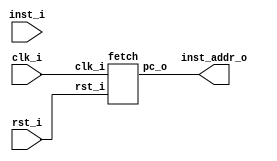
// Matrak M10 RV32I RISC-V Processor
// Glpare II Architechture 2023
// Processor Module

module matrak (
   input                clk_i,
   input                rst_i,
   input [31:0]         inst_i,     // Bellekten gelen buyruk
   output [31:0]        inst_addr_o // Bellee giden buyruk adresi
);

   fetch f1 (
      .clk_i(clk_i),
      .rst_i(rst_i),
      .pc_o(inst_addr_o)
   );

   // Boru hatt kaydedicisi balantlar
   wire [31:0] fd2d_inst;

   fd_regs fd1 (
      .clk_i(clk_i),
      .rst_i(rst_i),
      .inst_f_i(inst_i),
      .inst_d_o(fd2d_inst)
   );

   // zme modl balantlar
   wire c2d_regfile_wen;
   wire [2:0] c2d_imm_ext_sel;
   wire [31:0] w2d_result;
   wire [31:0] d2a_reg_a;
   wire [31:0] d2a_reg_b;
   wire [31:0] d2a_imm_ext;

   decode d1 (
      .clk_i(clk_i),
      .regfile_wen_i(c2d_regfile_wen),
      .imm_ext_sel_i(c2d_imm_ext_sel),
      .inst_i(fd2d_inst),
      .result_i(w2d_result),
      .reg_a_o(d2a_reg_a),
      .reg_b_o(d2a_reg_b),
      .imm_ext_o(d2a_imm_ext)
   );

   // ALU balantlar
   wire c2a_alu_sel;
   wire [3:0] c2a_alu_fun;
   wire [31:0] a2w_alu_out;

   alu a1 (
      .alu_sel_i(c2a_alu_sel),
      .alu_fun_i(c2a_alu_fun),
      .reg_a_i(d2a_reg_a),
      .reg_b_i(d2a_reg_b),
      .imm_ext_i(d2a_imm_ext),
      .alu_out_o(a2w_alu_out)
   );

   writeback w1 (
      .alu_out_i(a2w_alu_out),
      .result_o(w2d_result)
   );

   controller c1 (
      .inst_i(fd2d_inst),
      .regfile_wen_o(c2d_regfile_wen),
      .imm_ext_sel_o(c2d_imm_ext_sel),
      .alu_sel_o(c2a_alu_sel),
      .alu_fun_o(c2a_alu_fun)
   );

endmodule

module fetch (
   input                clk_i,
   input                rst_i,
   output reg [31:0]    pc_o
);

   always @(posedge clk_i, posedge rst_i) begin
      if (rst_i) begin // Sfrlama sinyali geldiyse program sayacna balang adresini ata
         pc_o <= 32'h0000_0000;
      end else begin // Saat sinyali geldiyse program sayacna 4 ekle
         pc_o <= pc_o + 4;
      end
   end

endmodule

module fd_regs (
   input                clk_i,
   input                rst_i,
   input [31:0]         inst_f_i, // Buyruk sinyali (bellekten geliyor)
   output reg [31:0]    inst_d_o  // Boru hatt kaydedicisinin k 
);

   always @(posedge clk_i, posedge rst_i) begin
      if (rst_i) begin
         inst_d_o <= 32'b0;
      end else begin
         inst_d_o <= inst_f_i;
      end
   end

endmodule

module decode (
   input                   clk_i,
   input                   regfile_wen_i, // Kaydedici dosyas yazma yetkilendirme
   input [2:0]             imm_ext_sel_i, // vedi geniletici format seimi
   input [31:0]            inst_i,        // Boru hatt kaydedicisinden gelen buyruk
   input [31:0]            result_i,      // Hedef kaydedicisine (rd) yazlacak deer 
   output [31:0]           reg_a_o,       // Birinci kaynak kaydedicisinin (rs1) deeri
   output [31:0]           reg_b_o,       // kinci kaynak kaydedicisinin (rs2) deeri
   output reg [31:0]       imm_ext_o      // vedi genileticinin k
);

   // 32 bit genilikte 32 adet kaydedicili kaydedici dosyas
   reg [31:0] regfile [31:0];

   // Kaydedici adreslerini buyruktan aykla
   wire [4:0] reg_a_addr      = inst_i[19:15];  // rs1 adres
   wire [4:0] reg_b_addr      = inst_i[24:20];  // rs2 adres
   wire [4:0] target_reg_addr = inst_i[11:7];   // rd adres

   // Kaydedici dosyasndan oku
   assign reg_a_o = (reg_a_addr == 5'b0) ? 32'b0 : regfile[reg_a_addr]; // rs1 deeri
   assign reg_b_o = (reg_b_addr == 5'b0) ? 32'b0 : regfile[reg_b_addr]; // rs2 deeri

   // Kaydedici dosyasna yaz
   always @(posedge clk_i) begin
      if (regfile_wen_i) begin
         regfile[target_reg_addr] <= result_i;
      end
   end

   // vedi geniletici
   always @(*) begin
      case (imm_ext_sel_i)
         3'b000   : imm_ext_o = {{20{inst_i[31]}}, inst_i[31:20]};
         default  : imm_ext_o = 32'b0; 
      endcase
   end

endmodule

module alu (
   input                      alu_sel_i,  // kinci ilenenin seim sinyali (rs2 veya imm)
   input [3:0]                alu_fun_i,  // lem seim sinyali
   input [31:0]               reg_a_i,    // rs1 deeri
   input [31:0]               reg_b_i,    // rs2 deeri
   input [31:0]               imm_ext_i,  // imm deeri
   output reg [31:0]          alu_out_o   // Sonu deeri
);

   // Birinci ilenen iki buyruk formatnda da sabit.
   wire signed [31:0] alu_a = reg_a_i;
   // kinci ilenen seim sinyaline gre belirleniyor.
   wire signed [31:0] alu_b = alu_sel_i ? imm_ext_i : reg_b_i;

   always @(*) begin
      case (alu_fun_i)
         4'b0000  : alu_out_o = alu_a + alu_b;  // Toplama 
         4'b0001  : alu_out_o = alu_a - alu_b;  // karma
         4'b0010  : alu_out_o = alu_a & alu_b;  // VE
         4'b0011  : alu_out_o = alu_a ^ alu_b;  // XOR
         4'b0100  : alu_out_o = alu_a | alu_b;  // VEYA
         default  : alu_out_o = 32'bx;          // Geersiz alu_fun_i sinyali
      endcase
   end

endmodule

module writeback (
   input  [31:0]              alu_out_i,
   output [31:0]              result_o
);

   assign result_o = alu_out_i;
   
endmodule

module controller (
   input [31:0]               inst_i,        // Boru hatt kaydedicisinden gelen buyruk
   output                     regfile_wen_o, // Kaydedici dosyas yazma yetkilendirme sinyali
   output [2:0]               imm_ext_sel_o, // vedi geniletici format seim sinyali
   output                     alu_sel_o,     // ALU ikinci ilenen seim sinyali
   output reg [3:0]           alu_fun_o      // ALU ilem seim sinyali
);

   // Buyruun gerekli blmleri ayklanyor.
   wire [6:0] opcode = inst_i[6:0];
   wire [2:0] funct3 = inst_i[14:12];
   wire [6:0] funct7 = inst_i[31:25];

   wire [1:0] alu_dec;

   reg [6:0] control_signals;
   assign {regfile_wen_o, imm_ext_sel_o, alu_sel_o, alu_dec} = control_signals;

   always @(*) begin
      case (opcode)  // Opcode'a gre kontrol sinyallerinin deerleri belirleniyor. 
         7'b0110011  : control_signals = 7'b1_xxx_0_11; // R-type buyruk
         7'b0010011  : control_signals = 7'b1_000_1_11; // I-type buyruk
         7'b0000000  : control_signals = 7'b0_000_0_00; // Sfrlama durumu
         default     : control_signals = 7'bx_xxx_x_xx; // Geersiz buyruk
      endcase
   end

   // Buyruk R-type ise ve funct7 deeri 0x20 ise karma ilemi anlamna gelir.
   wire sub = opcode[5] & funct7[5];

   // ALU'da yaplacak ilem belirleniyor.
   always @(*) begin
      case (alu_dec)
         2'b11    : // R-type veya I-type
            case (funct3)
               3'b000   : // add-addi veya sub buyruu
                  if (sub) begin
                     alu_fun_o = 4'b0001; // sub
                  end else begin
                     alu_fun_o = 4'b0000; // add, addi
                  end
               3'b100   : alu_fun_o = 4'b0011; // xor, xori
               3'b110   : alu_fun_o = 4'b0100; // or, ori
               3'b111   : alu_fun_o = 4'b0010; // and, andi
               default  : alu_fun_o = 4'b0000;
            endcase
         default  : alu_fun_o = 4'b0000; // Varsaylan ilemi toplama olarak belirledik.
      endcase
   end

endmodule